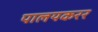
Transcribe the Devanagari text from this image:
पालयकरर